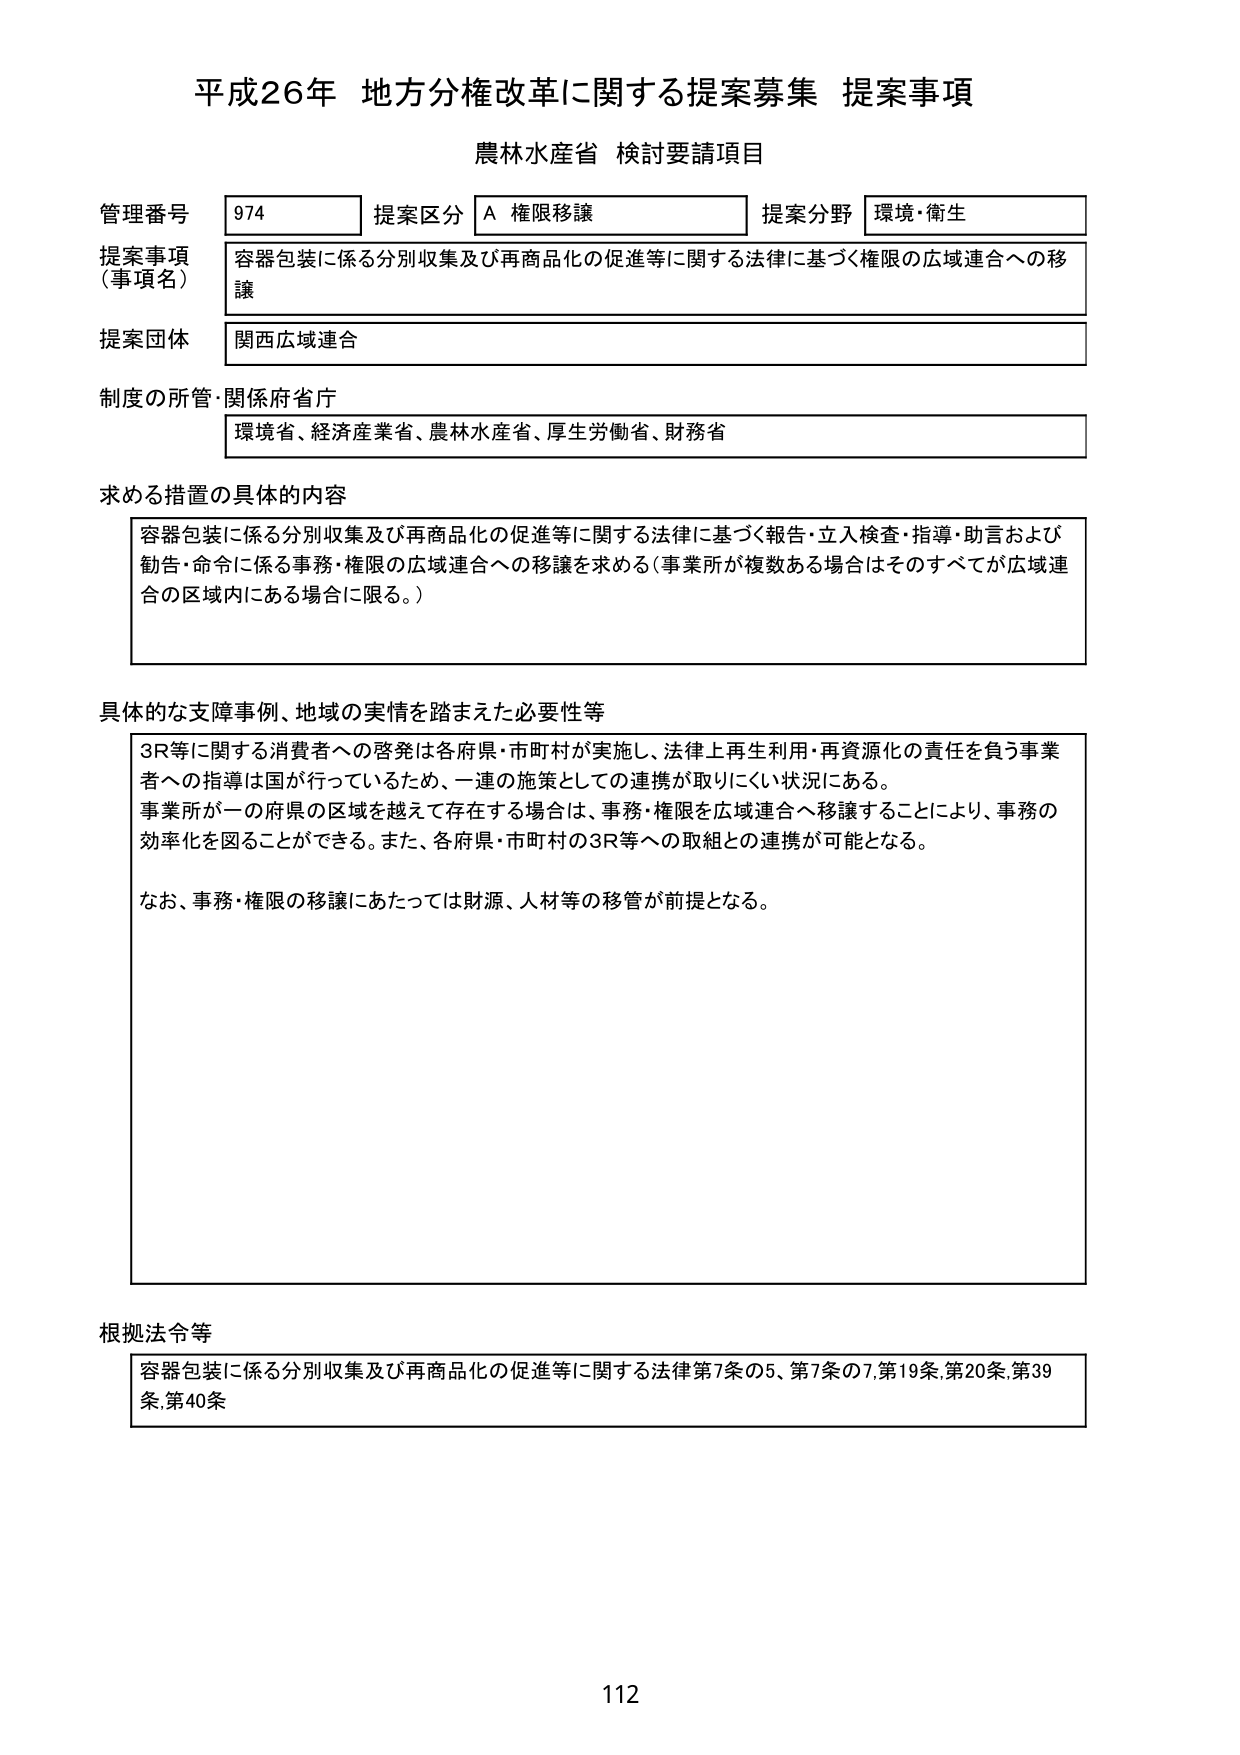
平成26年 地方分権改革に関する提案募集 提案事項
農林水産省 検討要請項目

管理番号 974 提案区分 A 権限移譲 提案分野 環境・衛生
提案事項（事項名） 容器包装に係る分別収集及び再商品化の促進等に関する法律に基づく権限の広域連合への移譲
提案団体 関西広域連合

制度の所管・関係府省庁
環境省、経済産業省、農林水産省、厚生労働省、財務省

求める措置の具体的内容
容器包装に係る分別収集及び再商品化の促進等に関する法律に基づく報告・立入検査・指導・助言および勧告・命令に係る事務・権限の広域連合への移譲を求める（事業所が複数ある場合はそのすべてが広域連合の区域内にある場合に限る。）

具体的な支障事例、地域の実情を踏まえた必要性等
3R等に関する消費者への啓発は各府県・市町村が実施し、法律上再生利用・再資源化の責任を負う事業者への指導は国が行っているため、一連の施策としての連携が取りにくい状況にある。
事業所が一の府県の区域を越えて存在する場合は、事務・権限を広域連合へ移譲することにより、事務の効率化を図ることができる。また、各府県・市町村の3R等への取組との連携が可能となる。
なお、事務・権限の移譲にあたっては財源、人材等の移管が前提となる。

根拠法令等
容器包装に係る分別収集及び再商品化の促進等に関する法律第7条の5、第7条の7、第19条、第20条、第39条、第40条

112